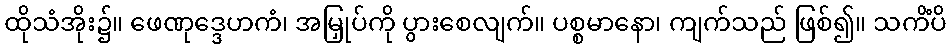
ထိုသံအိုး၌။ ဖေဏုဒ္ဒေဟကံ၊ အမြှုပ်ကို ပွားစေလျက်။ ပစ္စမာနော၊ ကျက်သည် ဖြစ်၍။ သကိံပိ